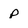
Character: p